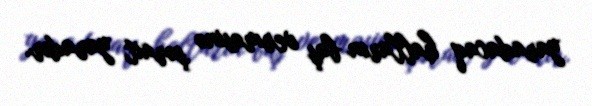
yaradacaq halların baş verməsinə şərait yaradır.